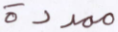
ممددة